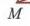
\begin{center}
现代教育出版社\\
Modern Education Press
\end{center}